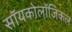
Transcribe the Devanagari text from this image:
सॉयकोलॉजिकल